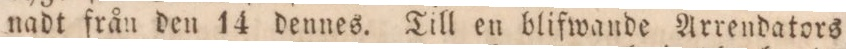
nadt från den 14 dennes. Till en blifwande Arrendators